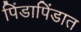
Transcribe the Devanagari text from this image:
पिंडापिंडात